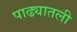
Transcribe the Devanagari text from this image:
पाढ्यातली